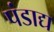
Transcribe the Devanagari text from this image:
पंडाद्य